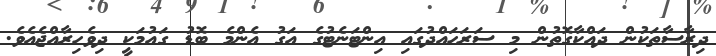
ދިރާސާތަކުން ދައްކާގޮތުން މި ސަރަހައްދުގައި އިންޓަނެޓުގެ އަގު އެންމެ ބޮޑު ގައުމަކީ ދިވެހިރާއްޖެއެވެ.